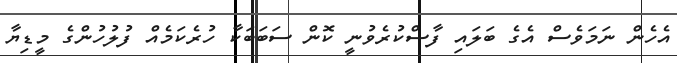
އެހެން ނަމަވެސް އެގެ ބަލައި ފާސްކުރެވުނީ ކޮން ސަބަބަކާ ހުރެކަމެއް ފުލުހުންގެ މީޑިޔާ